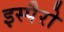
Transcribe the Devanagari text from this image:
इस्पैरो